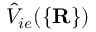
\hat { V } _ { i e } ( \{ { \bf R } \} )